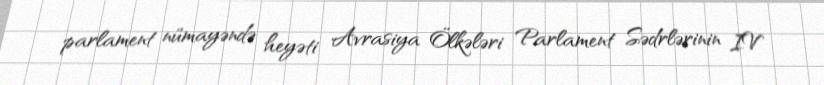
parlament nümayəndə heyəti Avrasiya Ölkələri Parlament Sədrlərinin IV